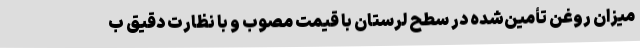
میزان روغن تأمین‌شده در سطح لرستان با قیمت مصوب و با نظارت دقیق ب